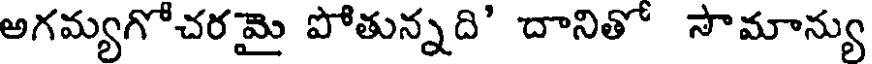
అగమ్యగోచరమై పోతున్నది' దానితో సౌమాన్యు